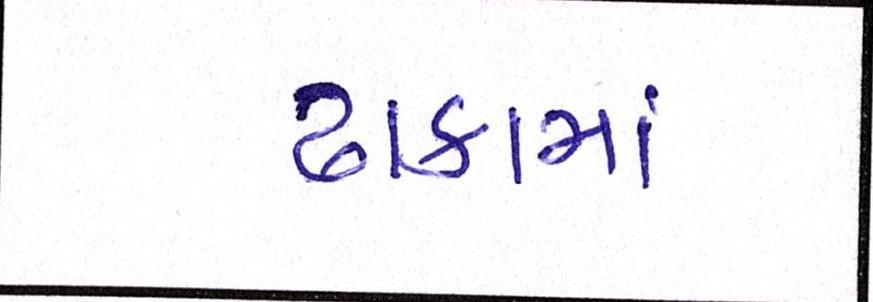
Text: ઢાકામાં